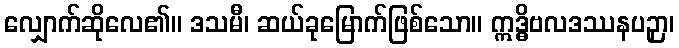
လျှောက်ဆိုလေ၏။ ဒသမီ၊ ဆယ်ခုမြောက်ဖြစ်သော။ ဣဒ္ဓိဗလဒဿနပဉှာ၊